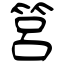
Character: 筥